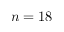
n = 1 8